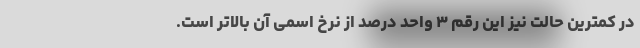
در کمترین حالت نیز این رقم ۳ واحد درصد از نرخ اسمی آن بالاتر است.